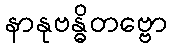
နာနုဗန္ဓိတဗ္ဗော